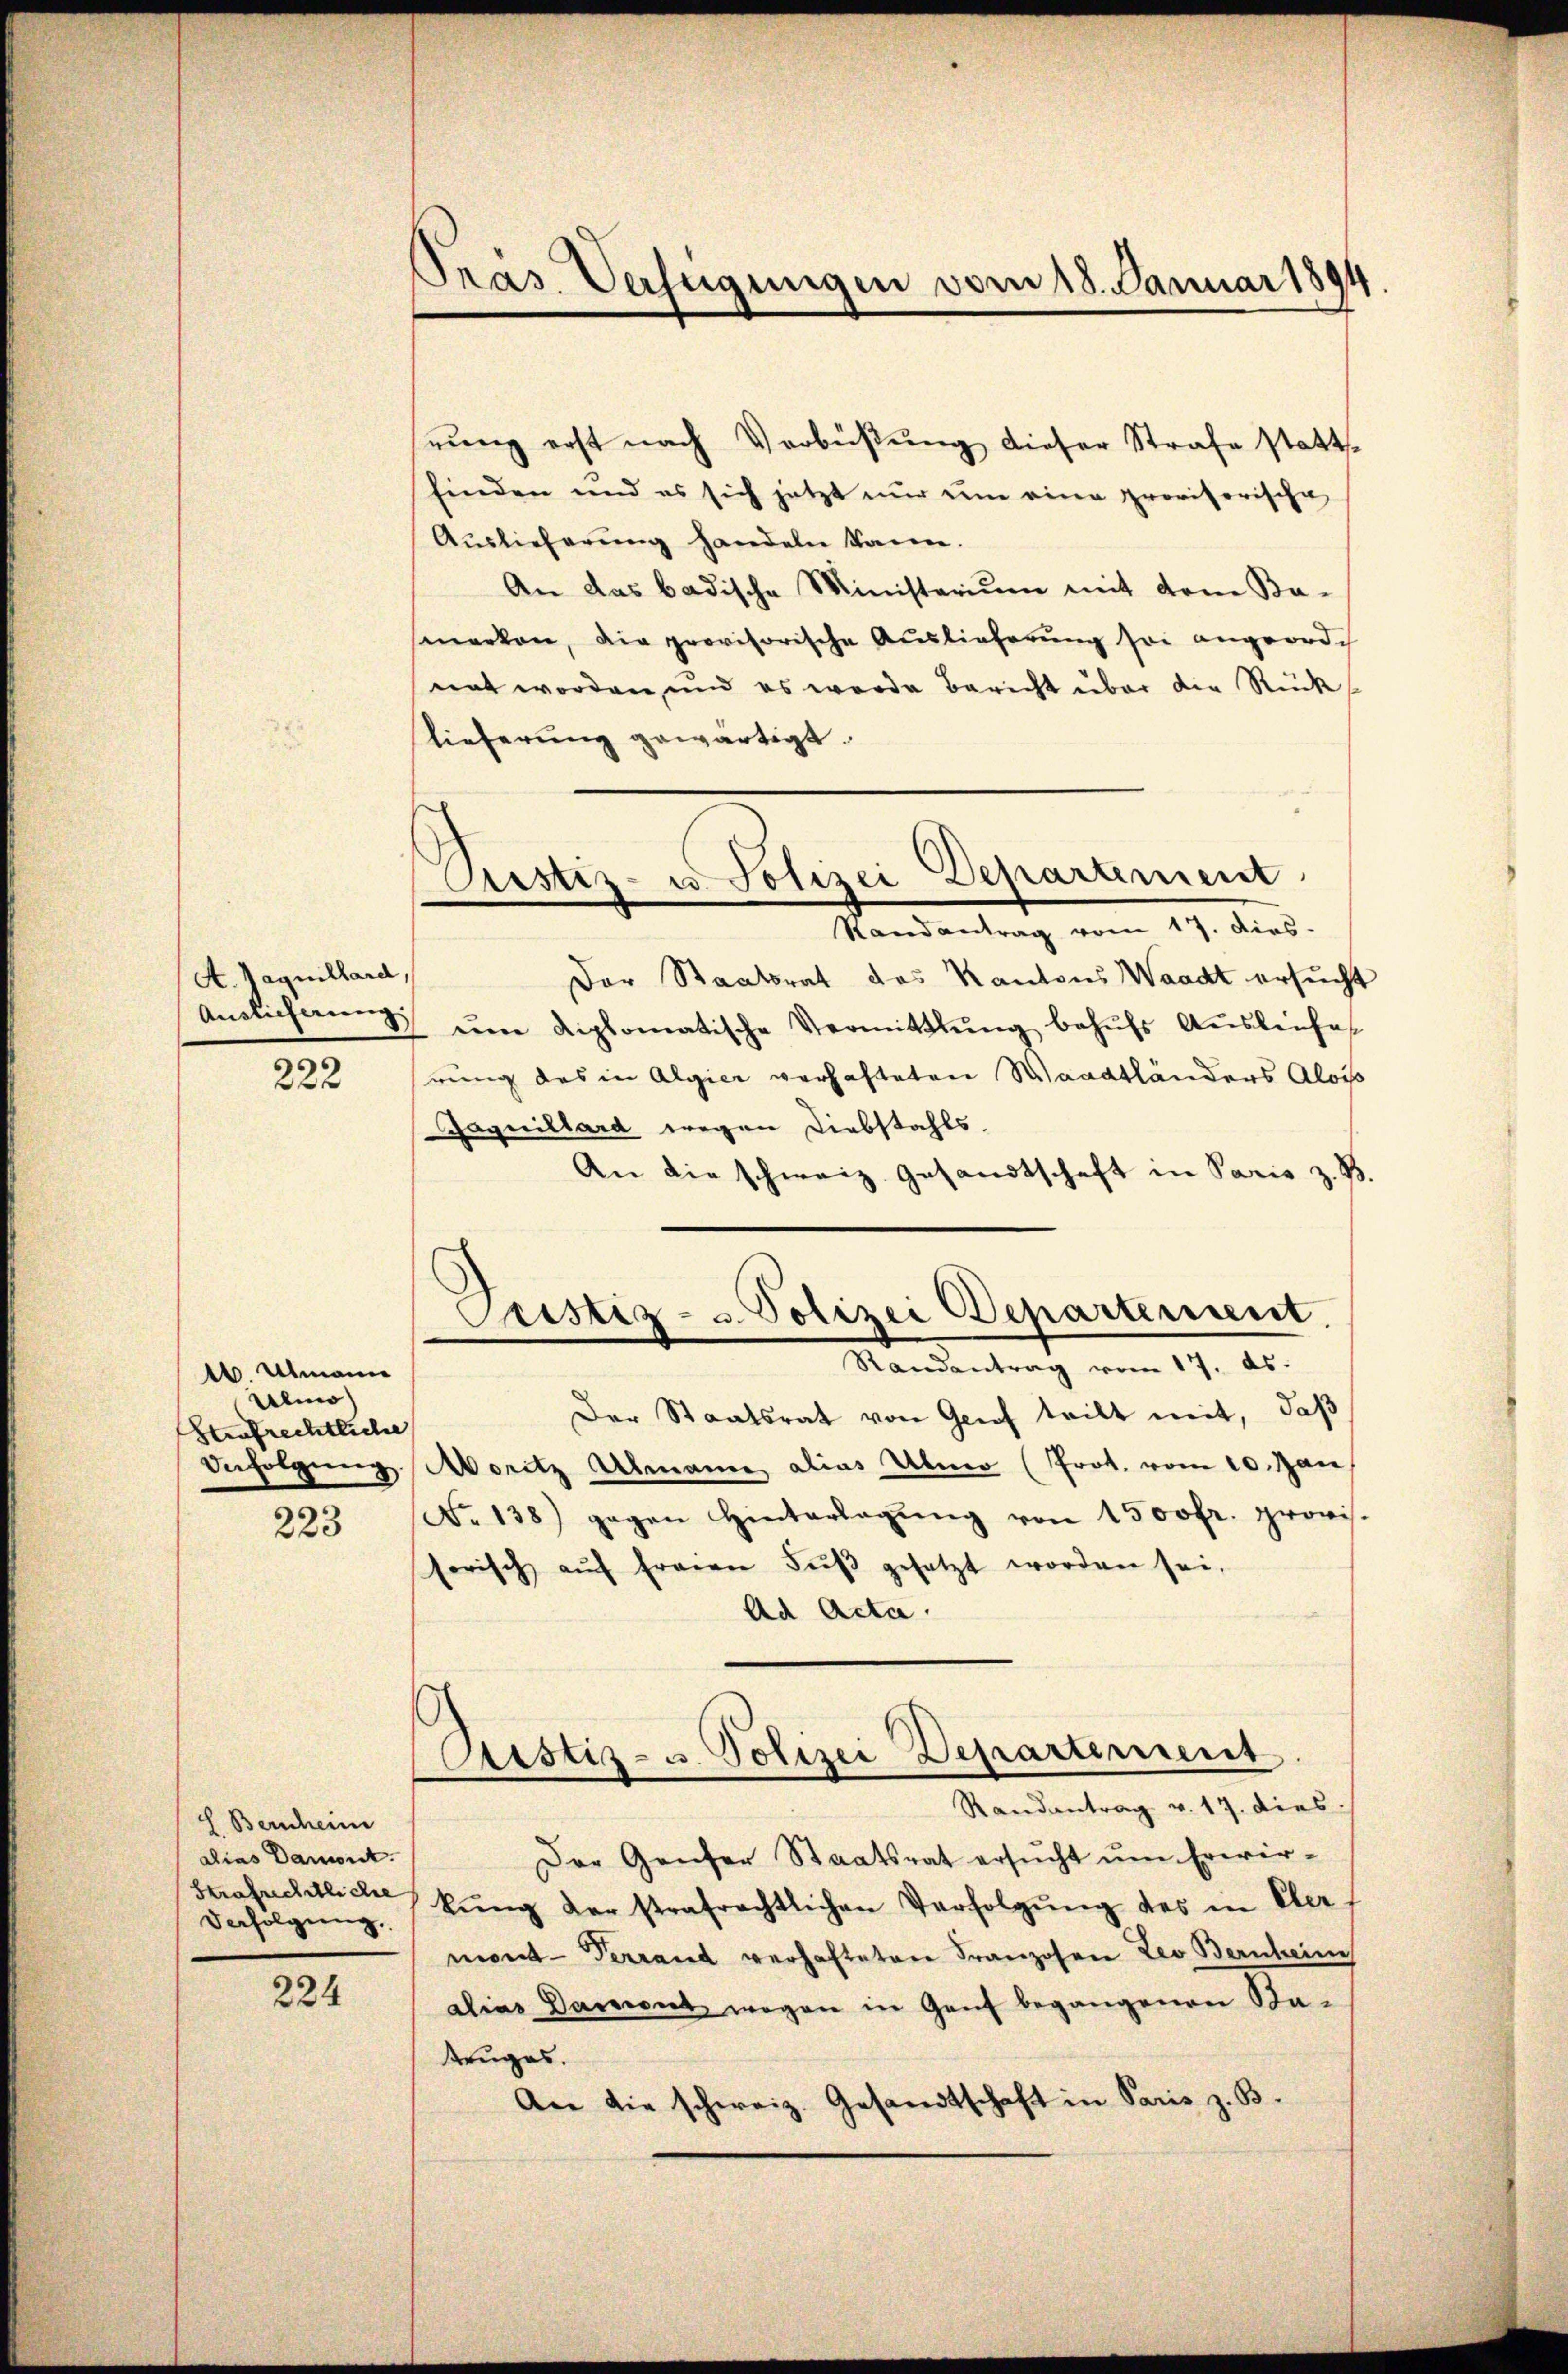
A. Jaquillard,
222

1. Ulmann
Almo
Strafrechtliche
223

H. Bernheim
alias Damont.
Strafrechtliche
Verfolgung.

224

Pras. Verfügungen vom 18. Januar 1894

nung erst nach Verbüßung dieser Strafe stattfinden und es sich jetzt nur um eine provisorische
Auslieferung handeln kann.
An das badische Ministerium mit dem Ba-
smerken, die provisorische Auslieferung sei angeordch
nat worden, und es wurde bericht über die Rück
lieferung gewärtigt.
Pestiz- u. Polizei Departement
Randantrag vom 17. Dirs.
Der Staatsrat des Kantons Waadt ersucht
Anslicherŭng ŭm diplomatische Vermittlung behŭfs Aŭsleise
rung des in Algier verhafteten Waadtländers Alois
Gaquillard wegen Diebstahls
An die schweiz. Gesandtschaft in Paris z. B.

Pristiz- u. Polizei Departement.
Randentrag vom 17. ds.

Cristiz- u. Polizei Departement
Randantrag v. 17. dies

Der Staatsrat von Grief teilt mit, daß
Befolgung Moritz Almann alias Uber (Prot. vom 10. Jan
No 138) gegen Hinterlegŭng von 1500fr. provis.
sorisch aŭf freien Fŭβ gesetzt worden sei.
Ad Acta.
Der Ganzer Staatsrat ersŭcht ŭm Erwirkŭng der strafrechtlichen Verfolgŭng des in Eler
mond-Terrand verhafteten Franzosen Leo Bernheime
alias Dament wegen in Genf begangenen Sta-
truges.
An die schweiz. Gesandtschaft in Paris z. B.